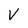
Character: V